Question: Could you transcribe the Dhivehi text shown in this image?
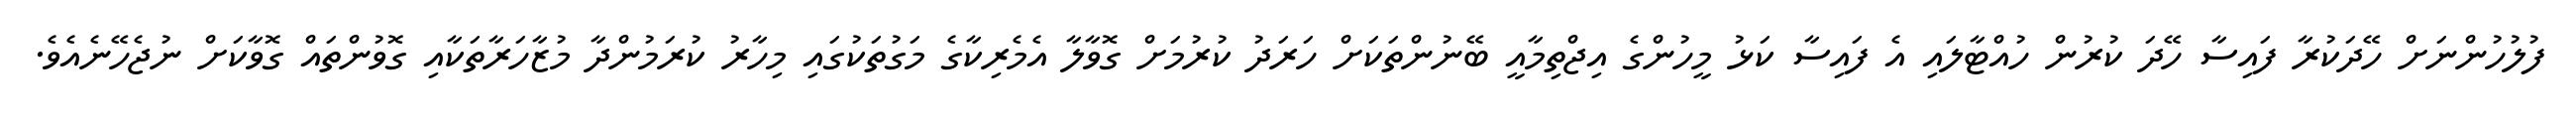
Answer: ފުލުހުންނަށް ހޭދަކުރާ ފައިސާ ހޭދަ ކުރުން ހުއްޓާލައި އެ ފައިސާ ކަޅު މީހުންގެ އިޖްތިމާއީ ބޭނުންތަކަށް ހަރަދު ކުރުމަށް ގޮވާލާ އެމެރިކާގެ މަގުތަކުގައި މިހާރު ކުރަމުންދާ މުޒާހަރާތަކާއި ގޮވުންތައް ގޮވާކަށް ނުޖެހޭނެއެވެ.